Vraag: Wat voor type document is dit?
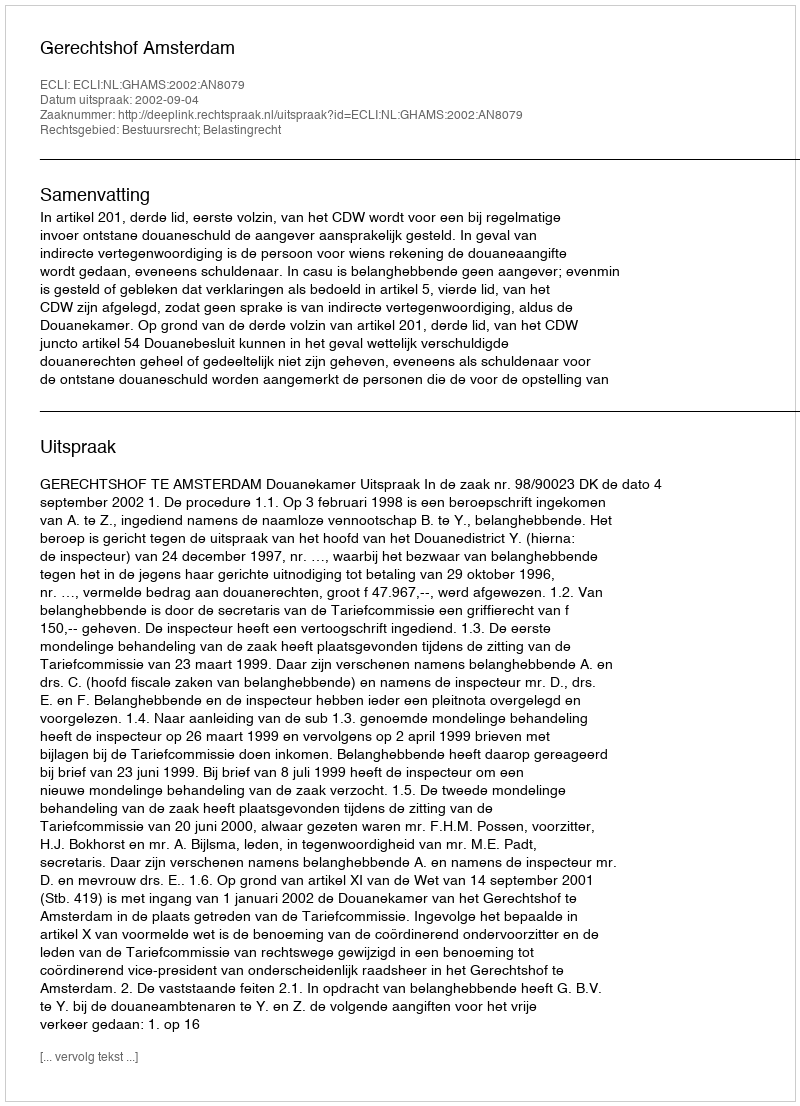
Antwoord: Uitspraak